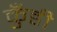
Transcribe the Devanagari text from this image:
कुँडी